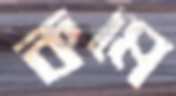
কমে